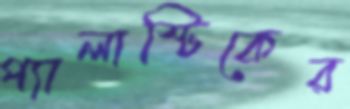
প্যালাস্টিকের